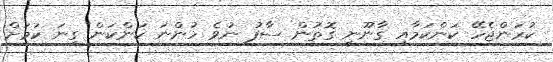
ކުރަންޖެހޭ ކަންކަމާއި ގާނޫނީ ގޮތުން ސާފު ނުވެ ހުންނަ ކަންކަން ގިނަ ކަމަށް